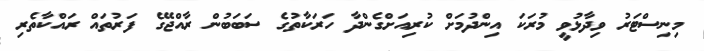
މިނިސްޓަރު ވިދާޅުވީ މުރަކަ އިންދުމަށް ކުރިއަށްގެންދާ ހަރަކާތުގެ ސަބަބުން ރާއްޖޭގެ ފަރުތައް ރައްކާތެރި